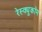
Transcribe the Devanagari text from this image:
रेस्क्यूकॉम